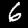
Digit: 6